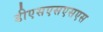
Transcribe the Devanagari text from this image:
डीएसएसएसएस